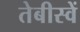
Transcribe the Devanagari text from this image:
तेबीस्वें